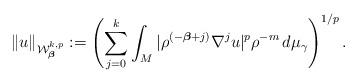
LaTeX: \begin{align*}\left\|u\right\|_{\mathcal{W}^{k,p}_{\boldsymbol{\beta}}}:=\left(\sum_{j=0}^{k}\int_{M}|\rho^{(-\boldsymbol{\beta}+j)}\nabla^{j}u|^{p}\rho^{-m}\,d\mu_{\gamma}\right)^{1/p}.\end{align*}